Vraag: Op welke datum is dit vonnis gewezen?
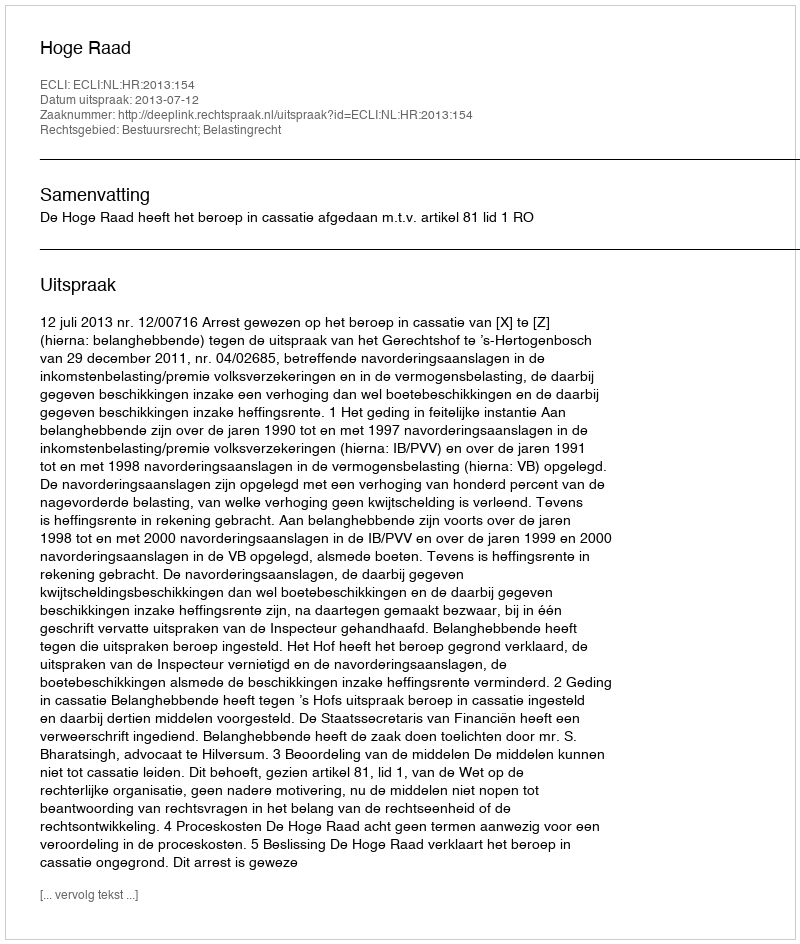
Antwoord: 2013-07-12